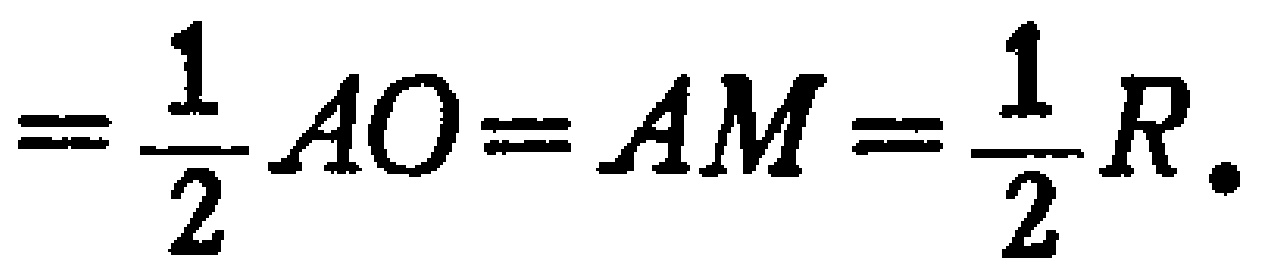
$=\frac{1}{2}AO = AM=\frac{1}{2}R.$